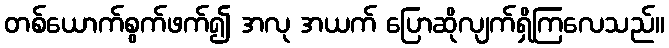
တစ်ယောက်စွက်ဖက်၍ အလု အယက် ပြောဆိုလျက်ရှိကြလေသည်။